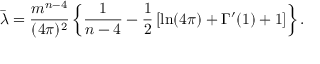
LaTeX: \bar { \lambda } = { \frac { m ^ { n - 4 } } { ( 4 \pi ) ^ { 2 } } } \left\{ { \frac { 1 } { n - 4 } } - { \frac { 1 } { 2 } } \left[ \ln ( 4 \pi ) + \Gamma ^ { \prime } ( 1 ) + 1 \right] \right\} .